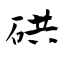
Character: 硔